Reports on dispensaries and lunatic asylums in the Province of Oudh - 1869-1876
Year: 1869
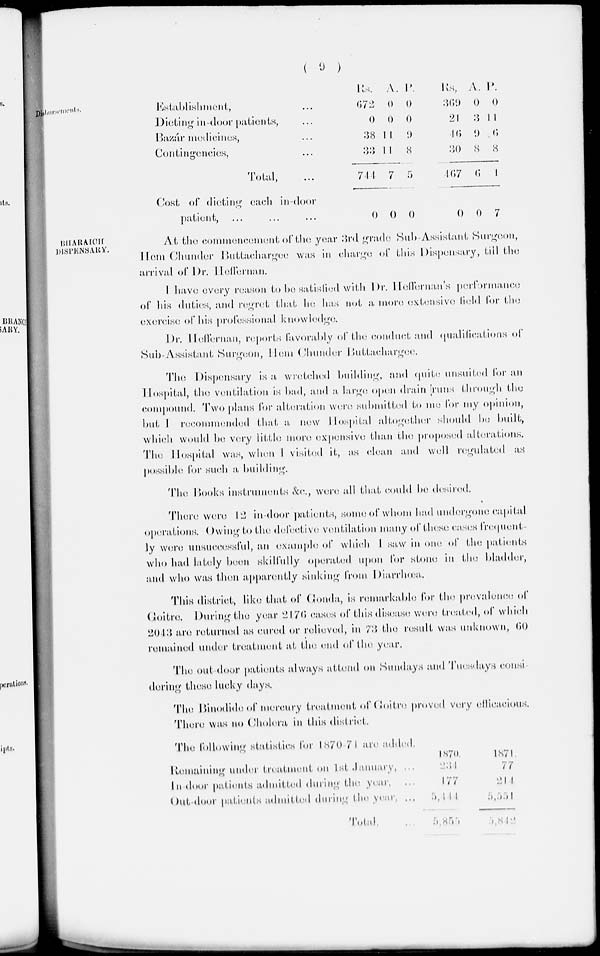
( 9 )
Establishments.
Establishment, ...
Dieting in-door patients, ...
Bazár medicines, ...
Contingencies, ...
Total, ...
Cost of dieting each in-door
patient, ... ... ...
Rs.
672
0
38
33
744
0
A.
0
0
11
11
7
0
P.
0
0
9
8
5
0
Rs.
369
21
46
30
467
0
A.
0
3
9
8
6
0
P.
0
11
6
8
4
7
BHARAICH
DISPENSARY.
At the commencement of the year 3rd grade Sub-Assistant Surgeon,
Hem
Chunder
Buttachargee
was in charge of this
Dispensary,
till the
arrival of Dr. Heffernan.
I have every reason to be satisfied with Dr.
Heffernan's
performance
of his duties, and regret that he has not a more extensive field for the
exercise of his professional knowledge.
Dr.
Heffernan,
reports favorably of the conduct and qualifications of
Sub-Assistant Surgeon, Hem Chunder Buttachargee.
The Dispensary is a wretched building, and quite unsuited for an
Hospital, the ventilation is bad, and a large open drain runs through the
compound. Two plans for alteration were submitted to me for my opinion,
but I recommended that a new Hospital altogether should be built,
which would be very little more expensive than the proposed alterations.
The
Hospital
was, when I visited it, as clean and well regulated
as
possible for such a building.
The Books instruments &c., were all that could be desired.
There
were 12 in-door patients, some of whom had undergone capital
operations. Owing to tho defective ventilation many of these cases frequent
ly were unsuccessful, an example of which I saw in one of the patients
who had lately been skillfully operated upon for stone in the bladder,
and who was then apparently sinking from Diarrhœa.
This district, like that of Gonda, is remarkable for the prevalence of
Goitre.
During the year 2176 cases of this disease were treated, of which
2043 are returned as cured or relieved, in 73 the result was unknown, 60
remained under treatment at the end of the year.
The out door patients always attend on Sundays and Tuesdays consi
dering these lucky days.
The Binodide of mercury treatment of Goitre proved very efficacious.
There was no Cholera in this district.
The following statistics for 1870-7 1 are added.
Remaining under treatment on 1st January, ...
In-door patients admitted during the year, ...
Out-door patients admitted during the year, ...
Total, ...
1870.
234
177
5,444
5,855
1871.
77
214
5,551
5,842